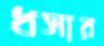
ধসার